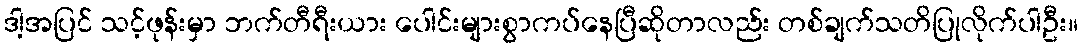
ဒါ့အပြင် သင့်ဖုန်းမှာ ဘက်တီရီးယား ပေါင်းများစွာကပ်နေပြီဆိုတာလည်း တစ်ချက်သတိပြုလိုက်ပါဦး။